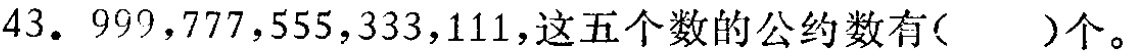
43. \(999,777,555,333,111\)，这五个数的公约数有( )个。